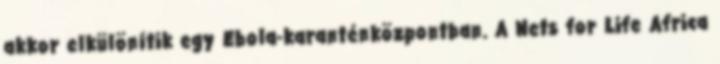
akkor elkülönítik egy Ebola-karanténközpontban. A Nets for Life Africa